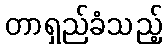
တာရှည်ခံသည့်